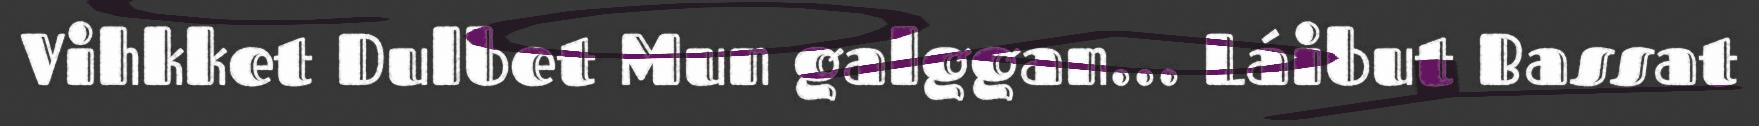
Vihkket Dulbet Mun galggan... Láibut Bassat